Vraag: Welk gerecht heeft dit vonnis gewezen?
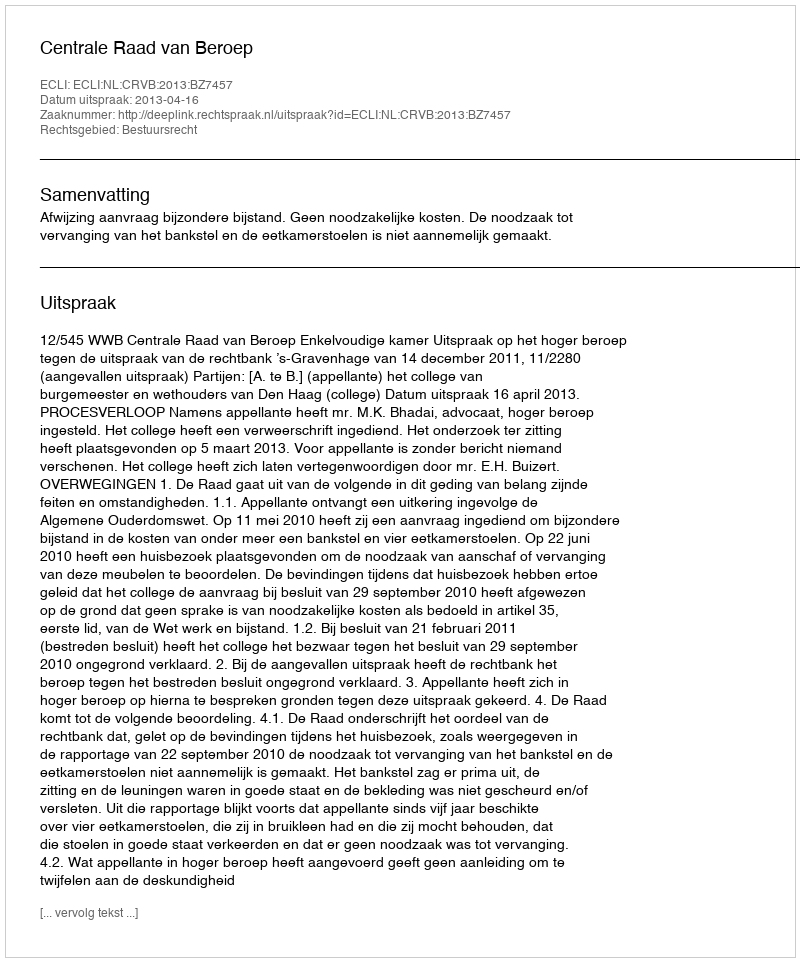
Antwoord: Centrale Raad van Beroep